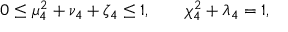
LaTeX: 0 \leq \mu _ { 4 } ^ { 2 } + \nu _ { 4 } + \zeta _ { 4 } \leq 1 , \qquad \chi _ { 4 } ^ { 2 } + \lambda _ { 4 } = 1 ,